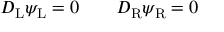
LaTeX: D _ { \mathrm { { L } } } \psi _ { \mathrm { { L } } } = 0 \qquad D _ { \mathrm { { R } } } \psi _ { \mathrm { { R } } } = 0